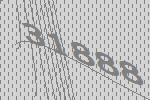
31888